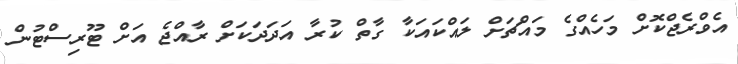
އެވްރެޖްކޮށް މަހެއްގެ މައްޗަށް ލައްކައަކާ ގާތް ކުރާ އަދަދަކަށް ރާއްޖެ އަށް ޓޫރިސްޓުން